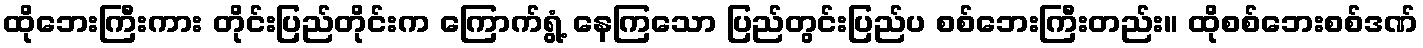
ထိုဘေးကြီးကား တိုင်းပြည်တိုင်းက ကြောက်ရွံ့ နေကြသော ပြည်တွင်းပြည်ပ စစ်ဘေးကြီးတည်း။ ထိုစစ်ဘေးစစ်ဒဏ်